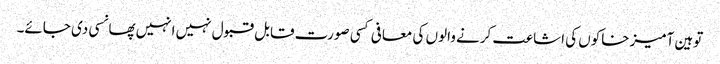
توہین آمیز خاکوں کی اشاعت کرنے والوں کی معافی کسی صورت قابل قبول نہیں انہیں پھانسی دی جائے۔